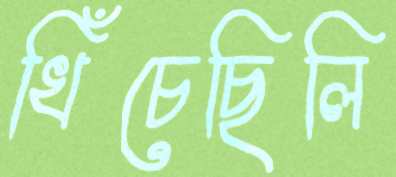
খিঁচেছিলি